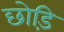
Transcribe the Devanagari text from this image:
छोड़ि